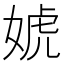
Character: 婋